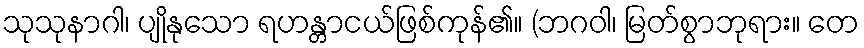
သုသုနာဂါ၊ ပျိုနုသော ရဟန္တာငယ်ဖြစ်ကုန်၏။ (ဘဂဝါ၊ မြတ်စွာဘုရား။ တေ